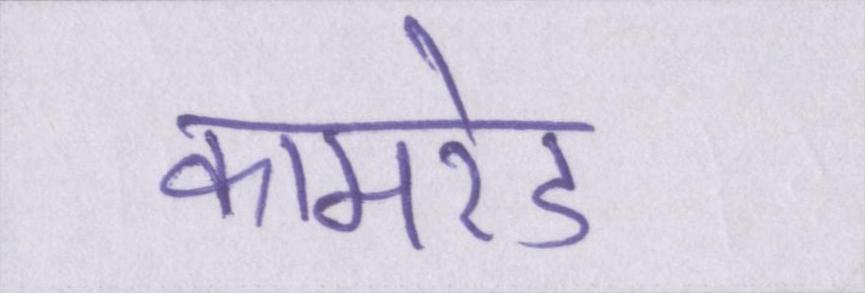
कामरेड